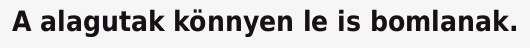
A alagutak könnyen le is bomlanak.